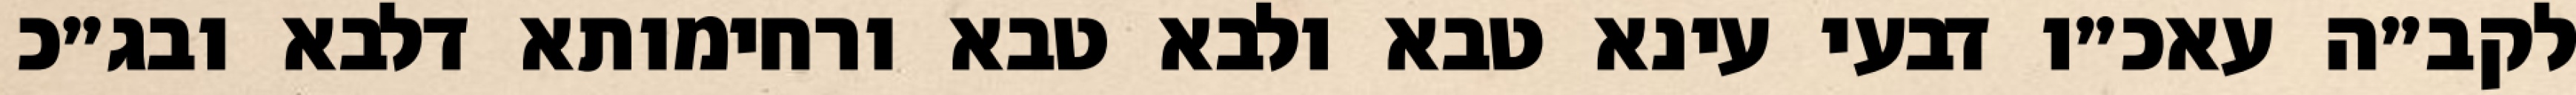
לקב״ה עאכ״ו דבעי עינא טבא ולבא טבא ורחימותא דלבא ובג״כ